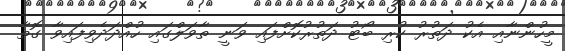
މީހުންނާއި އެކު ދަތުރު ކުރި ބޯޓު ދަތުރުކޮށްފައި ވަނީ ތާވަލްގައި ހުއްދަދެވިފައިވާ ގޮތާ